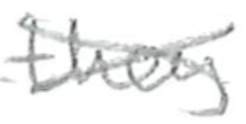
Text: they
Cross-out: cross
Writing tool: pencil